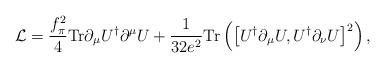
LaTeX: \begin{align*}{\cal L} = \frac{f_\pi^2}{4} {\rm Tr} \partial_{\mu}U^{\dagger}\partial^{\mu}U + \frac{1}{32 e^2} {\rm Tr}\left(\left[ U^{\dagger}\partial_{\mu}U, U^{\dagger}\partial_{\nu}U \right]^2 \right) , \end{align*}